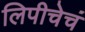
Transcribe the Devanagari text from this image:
लिपीचेचं